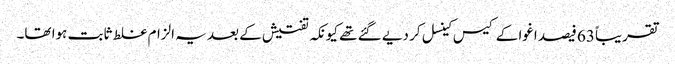
تقریباً 63 فیصد اغوا کے کیس کینسل کر دیے گئے تھے کیونکہ تفتیش کے بعد یہ الزام غلط ثابت ہوا تھا۔